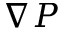
\nabla P